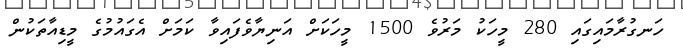
ހަނގުރާމައިގައި 280 މީހަކު މަރުވެ 1500 މީހަކަށް އަނިޔާވެފައިވާ ކަމަށް އެގައުމުގެ މީޑިއާތަކުން